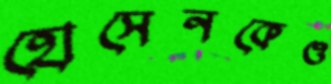
হোসেনকেও